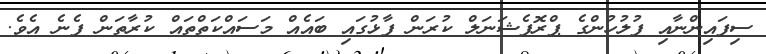
ސިފައިންނާއި ފުލުހުންގެ ޕްރޮފެޝަނަލް ކުރަން ފާޅުގައި ބައެއް މަސައްކަތްތައް ކުރާތަން ފެނެ އެވެ.